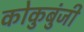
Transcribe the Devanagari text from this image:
कोकुबुंजी